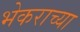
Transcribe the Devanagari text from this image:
भेकराच्या